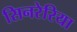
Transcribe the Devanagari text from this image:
सिनरेरिया